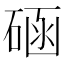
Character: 𥓞